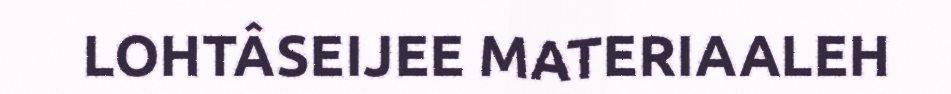
LOHTÂSEIJEE MATERIAALEH